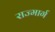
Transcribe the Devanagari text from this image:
राज्मार्ग